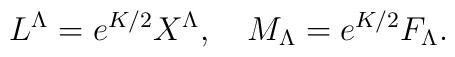
L^\Lambda=e^{K/2}X^\Lambda,\quad M_\Lambda=e^{K/2}F_\Lambda.